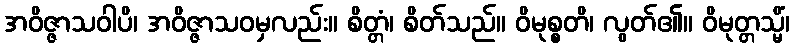
အဝိဇ္ဇာသဝါပိ၊ အဝိဇ္ဇာသဝမှလည်း။ စိတ္တံ၊ စိတ်သည်။ ဝိမုစ္စတိ၊ လွတ်၏။ ဝိမုတ္တသ္မိံ၊